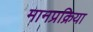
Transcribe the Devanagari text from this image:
मानप्रक्रिया